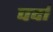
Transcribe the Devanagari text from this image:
पर्दां